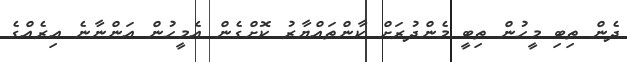
ދެން ތިބި މީހުން ތިބީ މެންދުރަށް ކާންތައްޔާރު ކޮށްގެން އެމީހުން އަންނާނެ އިރެއްގެ